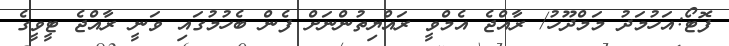
ފޮޓޯ:އަހުމަދު މަމްދޫހު/ ރާއްޖެ އެމްވީ ރައްޔިތުންނަށް ފެން ބެހުމުގައި ވަނީ ރާއްޖެ ޓީވީގެ